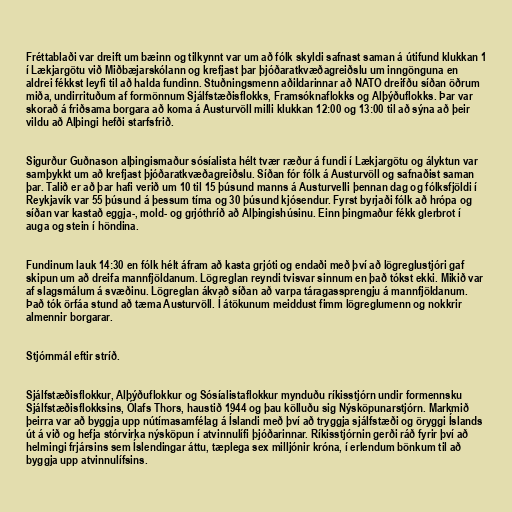
Fréttablaði var dreift um bæinn og tilkynnt var um að fólk skyldi safnast saman á útifund klukkan 1
í Lækjargötu við Miðbæjarskólann og krefjast þar þjóðaratkvæðagreiðslu um inngönguna en
aldrei fékkst leyfi til að halda fundinn. Stuðningsmenn aðildarinnar að NATO dreifðu síðan öðrum
miða, undirrituðum af formönnum Sjálfstæðisflokks, Framsóknaflokks og Alþýðuflokks. Þar var
skorað á friðsama borgara að koma á Austurvöll milli klukkan 12:00 og 13:00 til að sýna að þeir
vildu að Alþingi hefði starfsfrið.

Sigurður Guðnason alþingismaður sósíalista hélt tvær ræður á fundi í Lækjargötu og ályktun var
samþykkt um að krefjast þjóðaratkvæðagreiðslu. Síðan fór fólk á Austurvöll og safnaðist saman
þar. Talið er að þar hafi verið um 10 til 15 þúsund manns á Austurvelli þennan dag og fólksfjöldi í
Reykjavík var 55 þúsund á þessum tíma og 30 þúsund kjósendur. Fyrst byrjaði fólk að hrópa og
síðan var kastað eggja-, mold- og grjóthríð að Alþingishúsinu. Einn þingmaður fékk glerbrot í
auga og stein í höndina.

Fundinum lauk 14:30 en fólk hélt áfram að kasta grjóti og endaði með því að lögreglustjóri gaf
skipun um að dreifa mannfjöldanum. Lögreglan reyndi tvisvar sinnum en það tókst ekki. Mikið var
af slagsmálum á svæðinu. Lögreglan ákvað síðan að varpa táragassprengju á mannfjöldanum.
Það tók örfáa stund að tæma Austurvöll. Í átökunum meiddust fimm lögreglumenn og nokkrir
almennir borgarar.

Stjórnmál eftir stríð.

Sjálfstæðisflokkur, Alþýðuflokkur og Sósíalistaflokkur mynduðu ríkisstjórn undir formennsku
Sjálfstæðisflokksins, Ólafs Thors, haustið 1944 og þau kölluðu sig Nýsköpunarstjórn. Markmið
þeirra var að byggja upp nútímasamfélag á Íslandi með því að tryggja sjálfstæði og öryggi Íslands
út á við og hefja stórvirka nýsköpun í atvinnulífi þjóðarinnar. Ríkisstjórnin gerði ráð fyrir því að
helmingi frjársins sem Íslendingar áttu, tæplega sex milljónir króna, í erlendum bönkum til að
byggja upp atvinnulífsins.